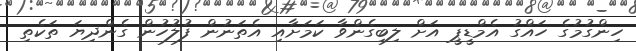
ހިންގުމުގެ ހައްގު އެމްޑީޕީ އަށް ލިބިގެންވާ ކަމަށާއި އެތަނުން ފުލުހުން ގެންދިޔަ ތަކެތި